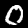
Label: 0